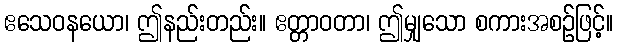
ဧသေဝနယော၊ ဤနည်းတည်း။ ဧတ္တာဝတာ၊ ဤမျှသော စကားအစဉ်ဖြင့်။